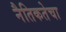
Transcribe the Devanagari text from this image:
नैतिकतेचा